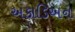
અકાડિઅન